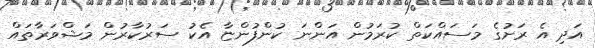
އަދި އެ ރަށުގެ މަސައްކަތް ކުރަމުން އަންނަ ކުންފުންޏާ އެކު ސަރުކާރުން މަޝްވަރާތައް